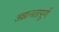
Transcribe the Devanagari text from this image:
अज्ञानतापूर्ण